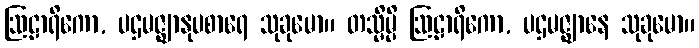
ဩဠာရိကော, ပဌမဇ္ဈာနုပစာရေ သုခုမော။ တသ္မိမ္ပိ ဩဠာရိကော, ပဌမဇ္ဈာနေ သုခုမော။